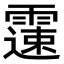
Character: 𩅘